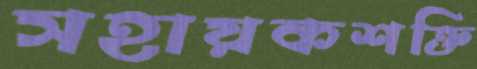
সহায়কশক্তি